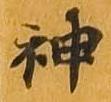
神